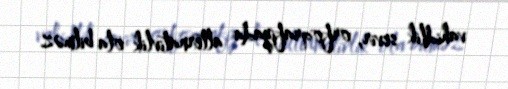
vahidlik sevir, orfoqrafiyada alternativlik ola bilməz.